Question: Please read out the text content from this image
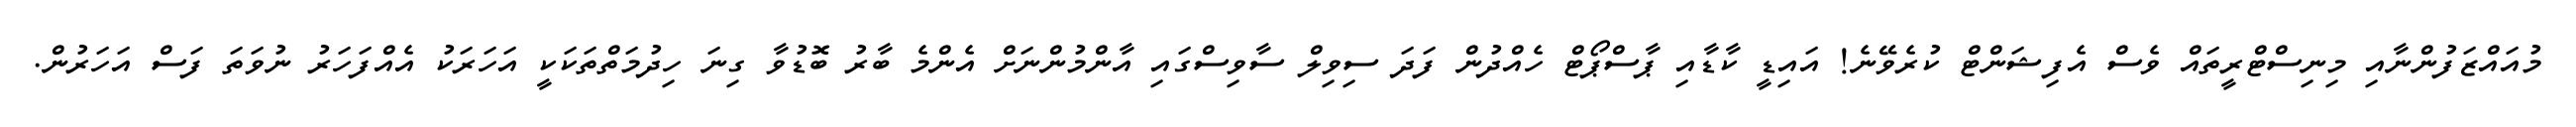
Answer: މުއައްޒަފުންނާއި މިނިސްޓްރީތައް ވެސް އެފިޝަންޓް ކުރެވޭނެ! އައިޑީ ކާޑާއި ޕާސްޕޯޓް ހެއްދުން ފަދަ ސިވިލް ސާވިސްގައި އާންމުންނަށް އެންމެ ބާރު ބޮޑުވާ ގިނަ ހިދުމަތްތަކަކީ އަހަރަކު އެއްފަހަރު ނުވަތަ ފަސް އަހަރުން.